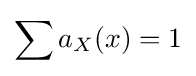
\sum a_{X}(x)=1\,\!